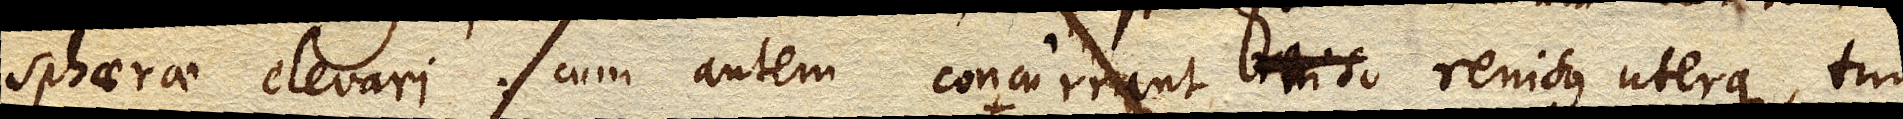
sphaerae elevari: cum autem concurrant renisus uterque, tum